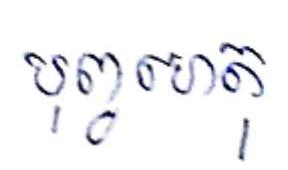
បុព្វហេតុ